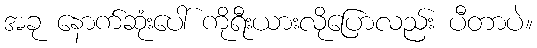
အခု နောက်ဆုံးပေါ် ကိုရီးယားလိုပြောလည်း ပီတာပဲ။